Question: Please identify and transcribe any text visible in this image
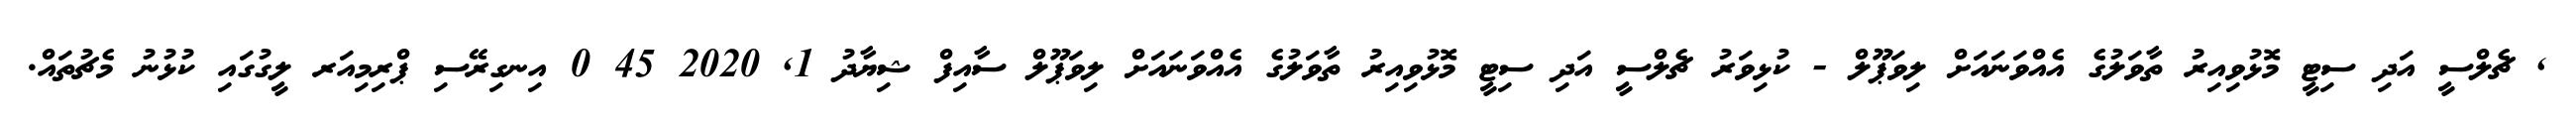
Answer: , ޗެލްސީ އަދި ސިޓީ މޮޅުވިއިރު ތާވަލުގެ އެއްވަނައަށް ލިވަޕޫލް - ކުޅިވަރު ޗެލްސީ އަދި ސިޓީ މޮޅުވިއިރު ތާވަލުގެ އެއްވަނައަށް ލިވަޕޫލް ސާއިފް ޝިޔާދު 1, 2020 45 0 އިނގިރޭސި ޕްރިމިއަރ ލީގުގައި ކުޅުނު މެޗުތައް.